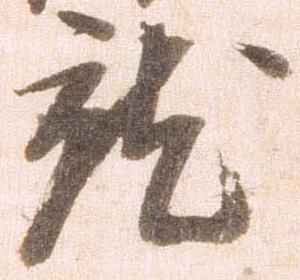
就